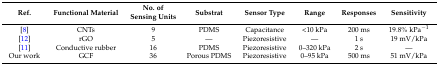
<table><thead><tr><td><b>Ref.</b></td><td><b>Functional Material</b></td><td><b>No. of Sensing Units</b></td><td><b>Substrat</b></td><td><b>Sensor Type</b></td><td><b>Range</b></td><td><b>Responses</b></td><td><b>Sensitivity</b></td></tr></thead><tbody><tr><td>[8]</td><td>CNTs</td><td>9</td><td>PDMS</td><td>Capacitance</td><td>&lt;10 kPa</td><td>200 ms</td><td>19.8% kPa<sup>−1</sup></td></tr><tr><td>[12]</td><td>rGO</td><td>5</td><td>—</td><td>Piezoresistive</td><td>—</td><td>1 s</td><td>19 mV/kPa</td></tr><tr><td>[11]</td><td>Conductive rubber</td><td>16</td><td>PDMS</td><td>Piezoresistive</td><td>0–320 kPa</td><td>2 s</td><td>—</td></tr><tr><td>Our work</td><td>GCF</td><td>36</td><td>Porous PDMS</td><td>Piezoresistive</td><td>0–95 kPa</td><td>500 ms</td><td>51 mV/kPa</td></tr></tbody></table>